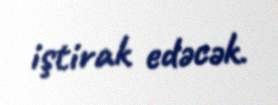
iştirak edəcək.